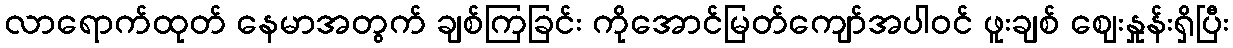
လာရောက်ထုတ် နေမာအတွက် ချစ်ကြခြင်း ကိုအောင်မြတ်ကျော်အပါဝင် ဖူးချစ် ဈေးနှုန်းရှိပြီး